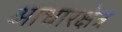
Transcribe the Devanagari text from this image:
आधारक्षेत्र